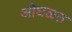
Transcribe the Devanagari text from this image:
ओघळत